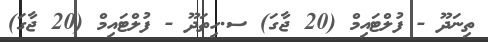
ތިނަދޫ - ފުލްޓައިމް (20 ޖާގަ) ސ.ހިތަދޫ - ފުލްޓައިމް (20 ޖާގަ)